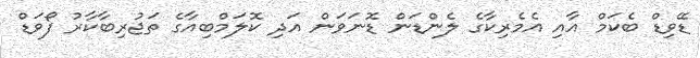
ޑޭވިޑް ބެކަމް އާއި އެމެރިކާގެ ލެންޑަން ޑޮނަވަން އަދި ކޮލަމްބިއާގެ ތަޖުރިބާކާރު ފޯވަޑް